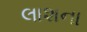
લાશના